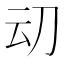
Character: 𰄠